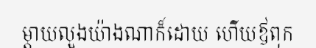
ម្តាយលួងយ៉ាងណាក៏ដោយ ហើយឪពុក